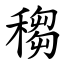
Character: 䅳